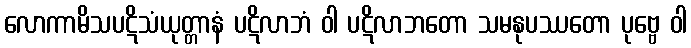
လောကာမိသပဋိသံယုတ္တာနံ ပဋိလာဘံ ဝါ ပဋိလာဘတော သမနုပဿတော ပုဗ္ဗေ ဝါ